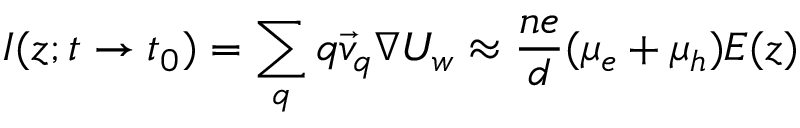
I ( z ; t \to t _ { 0 } ) = \sum _ { q } q \vec { v } _ { q } \nabla U _ { w } \approx \frac { n e } { d } ( \mu _ { e } + \mu _ { h } ) E ( z )